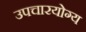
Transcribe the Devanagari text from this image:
उपचारयोग्य